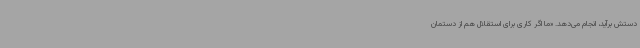
دستش برآید، انجام می‌دهد. «ما اگر کاری برای استقلال هم از دستمان